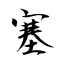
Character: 塞